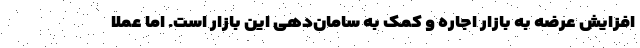
افزایش عرضه به بازار اجاره و کمک به سامان‌دهی این بازار است. اما عملا